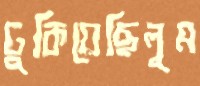
ঢুকিয়েছিলুম